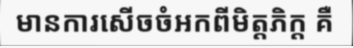
មានការសើចចំអកពីមិត្តភិក្ត គឺ